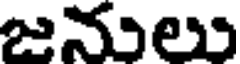
జనులు